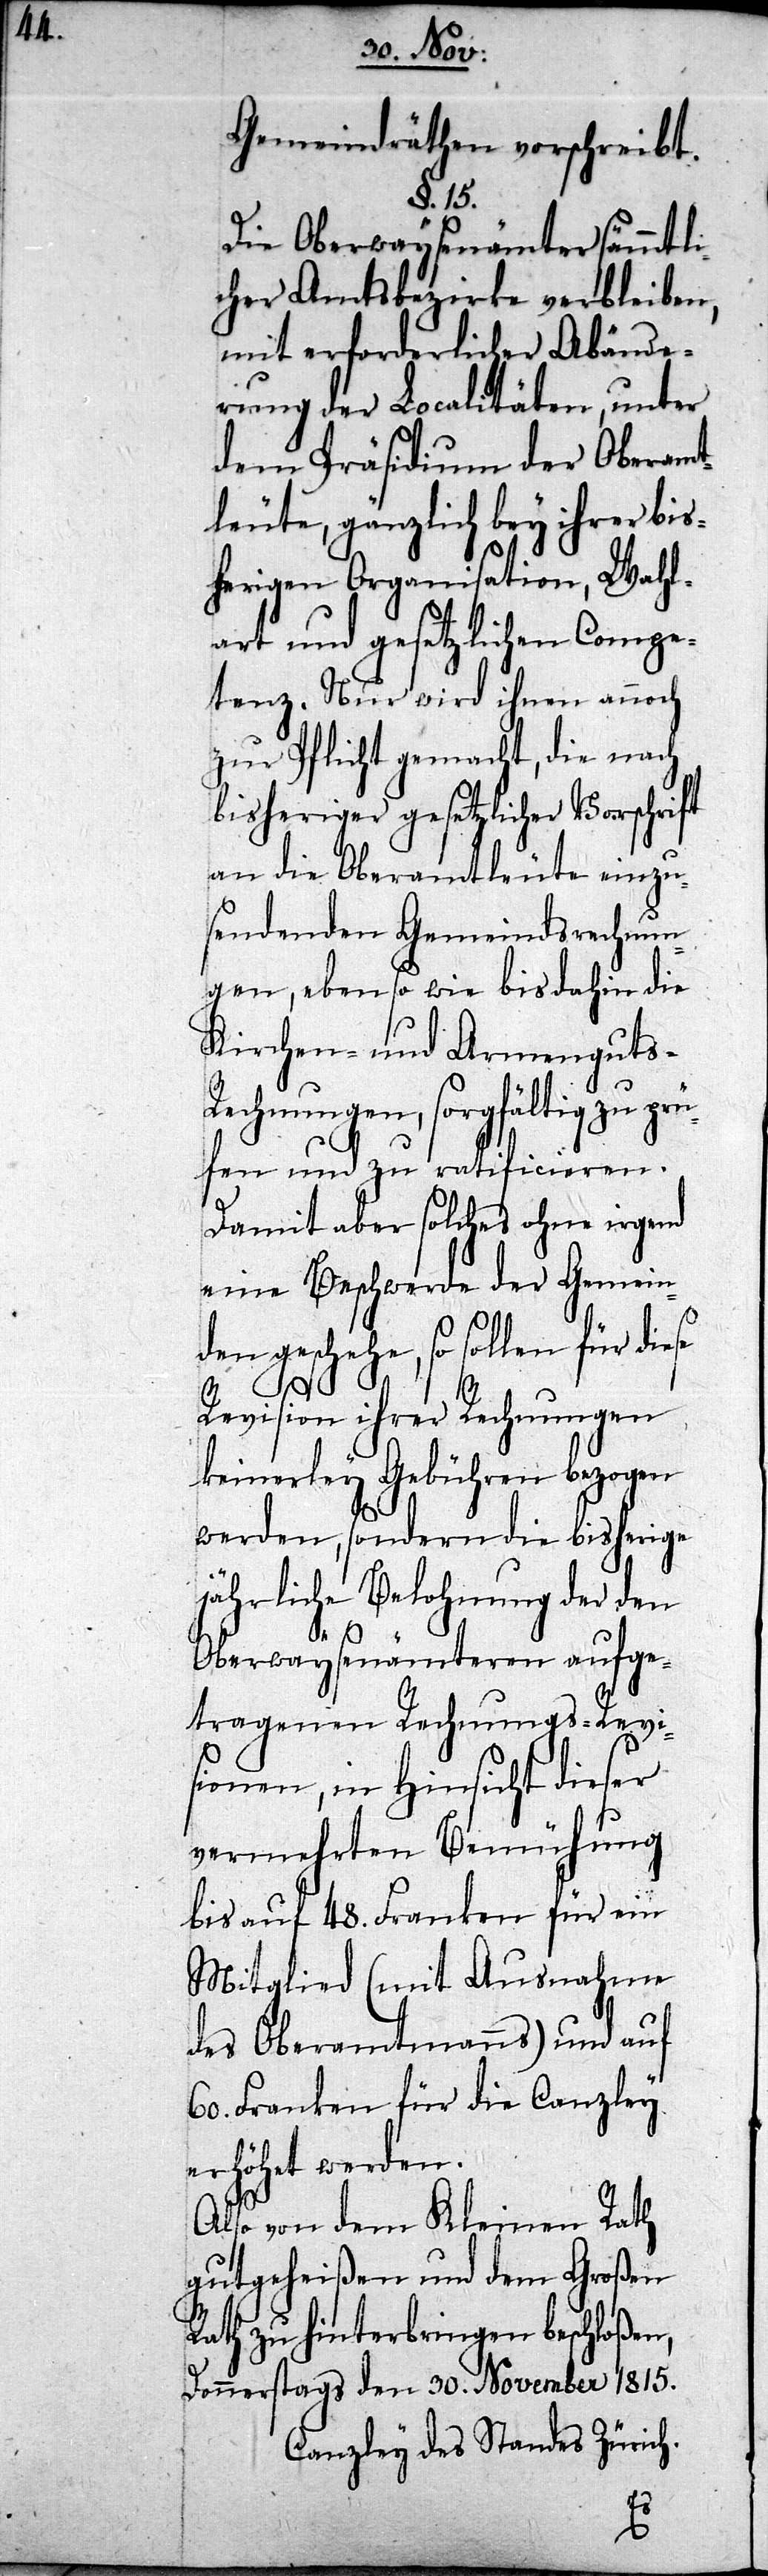
Gemeindräthen vorschreibt.
§. 15.
Die Oberwaysenämter sämmtli¬
cher Amtsbezirke verbleiben,
mit erforderlicher Abände¬
rung der Localitäten, unter
dem Präsidium der Oberamt¬
leute, gänzlich bey ihrer bis¬
herigen Organisation, Wahl¬
art und gesetzlichen Compe¬
tenz. Nur wird ihnen annoch
zur Pflicht gemacht, die nach
bisheriger gesetzlicher Vorschrift
an die Oberamtleute einzu¬
sendenden Gemeindsrechnun¬
gen, ebenso wie bis dahin die
Kirchen- und Armenguts-R¬
echnungen, sorgfältig zu prü¬
fen und zu ratificieren.
Damit aber solches ohne irgend
eine Beschwerde der Gemein¬
den geschehe, so sollen für diese
Revision ihrer Rechnungen
keinerley Gebühren bezogen
werden, sondern die bisherige
jährliche Belohnung der den
Oberwaysenämteren aufge¬
tragenen Rechnungs-Revi¬
sionen, in Hinsicht dieser
vermehrten Bemühung
bis auf 48. Franken für ein
Mitglied (mit Ausnahme
des Oberamtmanns) und auf
60. Franken für die Canzley
erhöht werden.
Also von dem Kleinen Rath
gutgeheißen und dem Großen
Rath zu hinterbringen beschloßen,
Donnerstags den 30. November 1815.
Canzley des Standes Zürich.